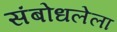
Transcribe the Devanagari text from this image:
संबोधलेला